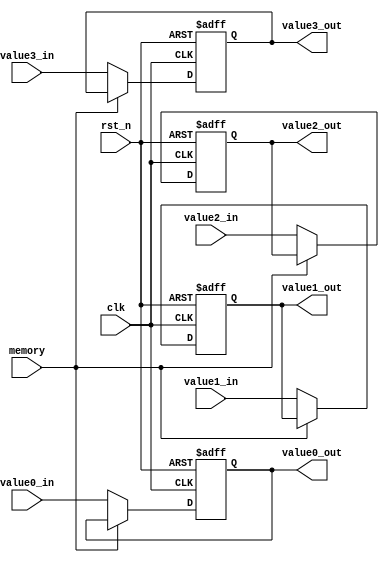
`timescale 1ns / 1ps
//////////////////////////////////////////////////////////////////////////////////
// Company: 
// Engineer: 
// 
// Design Name: 
// Module Name: memory
// Project Name: 
// Target Devices: 
// Tool Versions: 
// Description: 
// 
// Dependencies: 
// 
// Revision:
// Revision 0.01 - File Created
// Additional Comments:
// 
//////////////////////////////////////////////////////////////////////////////////


module memory(
    input [3:0]value0_in,   // current input numbers
    input [3:0]value1_in,
    input [3:0]value2_in,
    input [3:0]value3_in,
    input rst_n,
    input memory,
    input clk,
    output [3:0]value0_out,  //output numbers
    output [3:0]value1_out,
    output [3:0]value2_out,
    output [3:0]value3_out
    );
    
reg [3:0]memory_val[3:0];
reg [3:0]memory_val_next[3:0];
    
assign value0_out = memory_val[0];
assign value1_out = memory_val[1];
assign value2_out = memory_val[2];
assign value3_out = memory_val[3];
    
always @*
    if (~memory)  begin   // not memory
        memory_val_next[0] <= value0_in;
        memory_val_next[1] <= value1_in;
        memory_val_next[2] <= value2_in;
        memory_val_next[3] <= value3_in;
    end
    else begin           // memory
        memory_val_next[0] <= memory_val[0];
        memory_val_next[1] <= memory_val[1];
        memory_val_next[2] <= memory_val[2];
        memory_val_next[3] <= memory_val[3];
    end
        
always@(posedge clk or negedge rst_n) begin
    if (~rst_n) begin
        memory_val[0] <= 4'd0;
        memory_val[1] <= 4'd0;
        memory_val[2] <= 4'd0;
        memory_val[3] <= 4'd0;
    end
    else begin
        memory_val[0] <= memory_val_next[0];
        memory_val[1] <= memory_val_next[1];
        memory_val[2] <= memory_val_next[2];
        memory_val[3] <= memory_val_next[3];
    end
end
    
endmodule